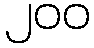
၂၀၀